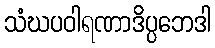
သံဃပဝါရဏာဒိပ္ပဘေဒါ